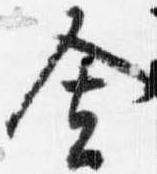
舎